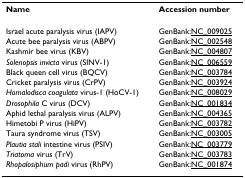
<table><thead><tr><td><b>Name</b></td><td><b>Accession number</b></td></tr></thead><tbody><tr><td>Israel acute paralysis virus (IAPV)</td><td>GenBank:NC_009025</td></tr><tr><td>Acute bee paralysis virus (ABPV)</td><td>GenBank:NC_002548</td></tr><tr><td>Kashmir bee virus (KBV)</td><td>GenBank:NC_004807</td></tr><tr><td><i>Solenopsis invicta </i>virus (SINV-1)</td><td>GenBank:NC_006559</td></tr><tr><td>Black queen cell virus (BQCV)</td><td>GenBank:NC_003784</td></tr><tr><td>Cricket paralysis virus (CrPV)</td><td>GenBank:NC_003924</td></tr><tr><td><i>Homalodisca coagulata </i>virus-1 (HoCV-1)</td><td>GenBank:NC_008029</td></tr><tr><td><i>Drosophila </i>C virus (DCV)</td><td>GenBank:NC_001834</td></tr><tr><td>Aphid lethal paralysis virus (ALPV)</td><td>GenBank:NC_004365</td></tr><tr><td>Himetobi P virus (HiPV)</td><td>GenBank:NC_003782</td></tr><tr><td>Taura syndrome virus (TSV)</td><td>GenBank:NC_003005</td></tr><tr><td><i>Plautia stali </i>intestine virus (PSIV)</td><td>GenBank:NC_003779</td></tr><tr><td><i>Triatoma </i>virus (TrV)</td><td>GenBank:NC_003783</td></tr><tr><td><i>Rhopalosiphum padi </i>virus (RhPV)</td><td>GenBank:NC_001874</td></tr></tbody></table>